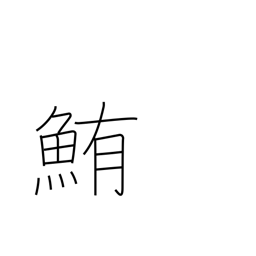
Meaning: tuna